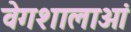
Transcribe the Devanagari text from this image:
वेगशालाओं